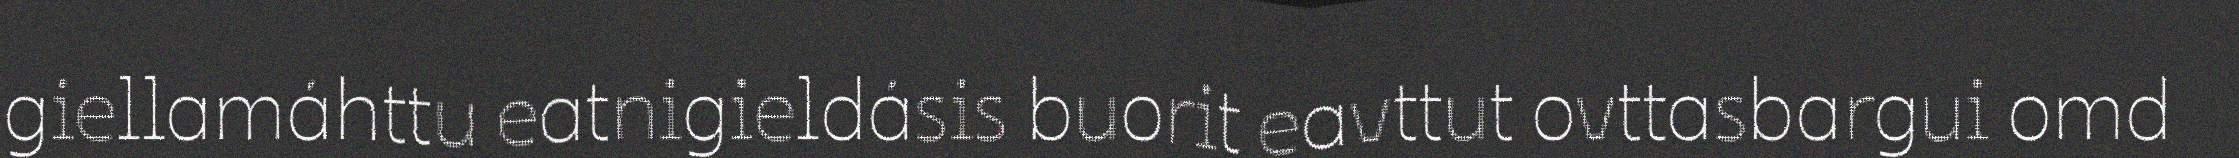
giellamáhttu eatnigieldásis buorit eavttut ovttasbargui omd